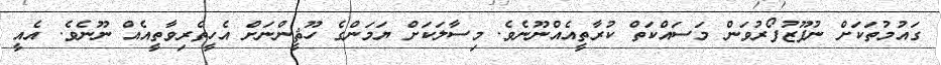
ގައުމުތަކަށް ނުފޫޒުފޯރުވަން މަސައްކަތް ކުރާތީއެއްނޫނެވެ. މިސާލަކަށް ޔަމަންގެ ހޫޘީންނަށް އެހީތެރިވާތީއެއް ނޫނެވެ. އެއީ